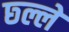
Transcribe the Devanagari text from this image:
छ्ल्ले